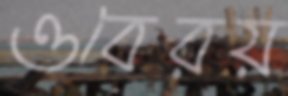
ওবেরয়